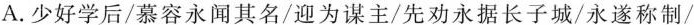
A.少好学后/慕容永闻其名/迎为谋主/先劝永据长子城/永遂称制/